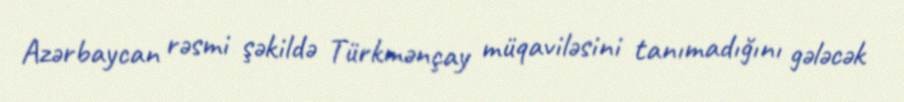
Azərbaycan rəsmi şəkildə Türkmənçay müqaviləsini tanımadığını gələcək